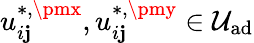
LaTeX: u_{i\mathbf{j}}^{\ast,\pmx},u_{i\mathbf{j}}^{\ast,\pmy}\in\mathcal{{U}}_{\textrm{{ad}}}